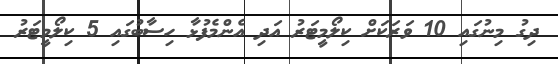
ދިގު މިނުގައި 10 ވަރަކަށް ކިލޯމީޓަރު އަދި އެންމެފުޅާ ހިސާބުގައި 5 ކިލޯމީޓަރު